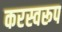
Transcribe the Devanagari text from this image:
करस्वरूप